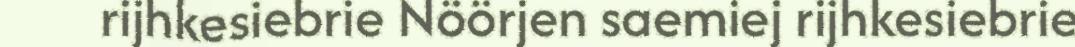
rijhkesiebrie Nöörjen saemiej rijhkesiebrie